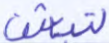
لتبعثن